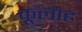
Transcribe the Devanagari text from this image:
कूलाह